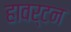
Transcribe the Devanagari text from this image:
हावर्टन